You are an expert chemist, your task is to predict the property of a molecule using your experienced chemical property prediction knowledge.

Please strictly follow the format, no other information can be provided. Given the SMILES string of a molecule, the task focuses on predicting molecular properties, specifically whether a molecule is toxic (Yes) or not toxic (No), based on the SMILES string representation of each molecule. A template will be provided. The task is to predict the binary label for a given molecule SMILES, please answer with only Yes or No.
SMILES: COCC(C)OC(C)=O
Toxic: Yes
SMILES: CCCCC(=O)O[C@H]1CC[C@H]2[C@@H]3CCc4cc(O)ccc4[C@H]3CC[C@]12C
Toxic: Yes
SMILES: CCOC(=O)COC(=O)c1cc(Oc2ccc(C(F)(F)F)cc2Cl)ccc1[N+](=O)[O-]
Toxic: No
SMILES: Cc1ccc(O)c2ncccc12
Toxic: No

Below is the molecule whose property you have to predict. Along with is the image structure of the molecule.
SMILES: CC[C@H]1OC(=O)[C@H](C)[C@@H](O[C@H]2C[C@@](C)(OC)[C@@H](O)[C@H](C)O2)[C@H](C)[C@@H](O[C@@H]2O[C@H](C)C[C@H](N(C)C)[C@H]2O)[C@](C)(O)C[C@@H](C)CN(C)[C@H](C)[C@@H](O)[C@]1(C)O
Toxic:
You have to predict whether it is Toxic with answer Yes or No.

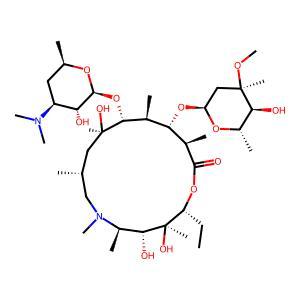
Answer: No